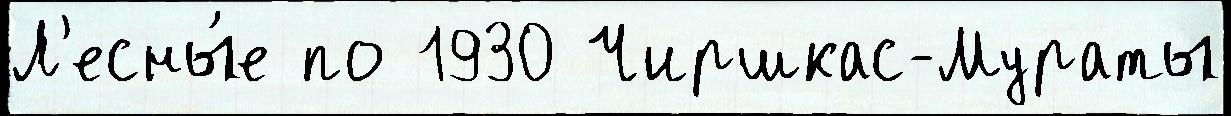
Л'есны́е по 1930 Чиршкас-Мураты